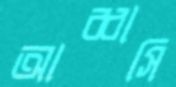
আব্বাসি